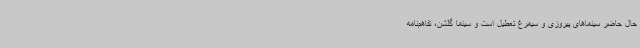
حال حاضر سینماهای پیروزی و سیمرغ تعطیل است و سینما گلشن، تفاهم‌نامه